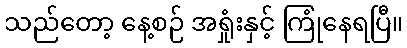
သည်တော့ နေ့စဉ် အရှုံးနှင့် ကြုံနေရပြီ။